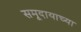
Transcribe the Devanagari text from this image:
समूदायाच्या